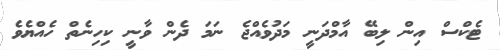
ޓެކްސް އިން ލިބޭ އާމްދަނީ މަދުވެއްޖެ ނަމަ ދެން ވާނީ ކިހިނެތް ހެއްޔެވެ